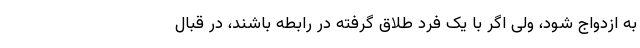
به ازدواج شود، ولی اگر با یک فرد طلاق گرفته در رابطه باشند، در قبال